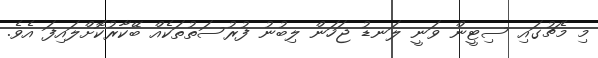
މި މެޗުގައި ސިޓީން ވަނީ ލަނޑު ޖަހަން ލިބުނު ފުުރުސަތުތަކެއް ބޭކާރުކޮށްލައިފަ އެވެ.